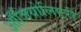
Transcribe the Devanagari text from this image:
ऑजियोलिएरी